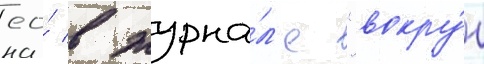
ео́ в журна́л'е "вокру́г